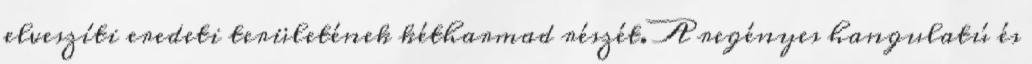
elveszíti eredeti területének kétharmad részét. A regényes hangulatú és